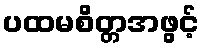
ပထမစိတ္တအဖွင့်